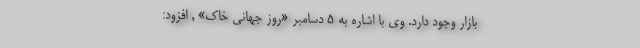
بازار وجود دارد. وی با اشاره به ۵ دسامبر «روز جهانی خاک» , افزود: